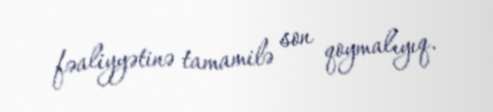
fəaliyyətinə tamamilə son qoymalıyıq.